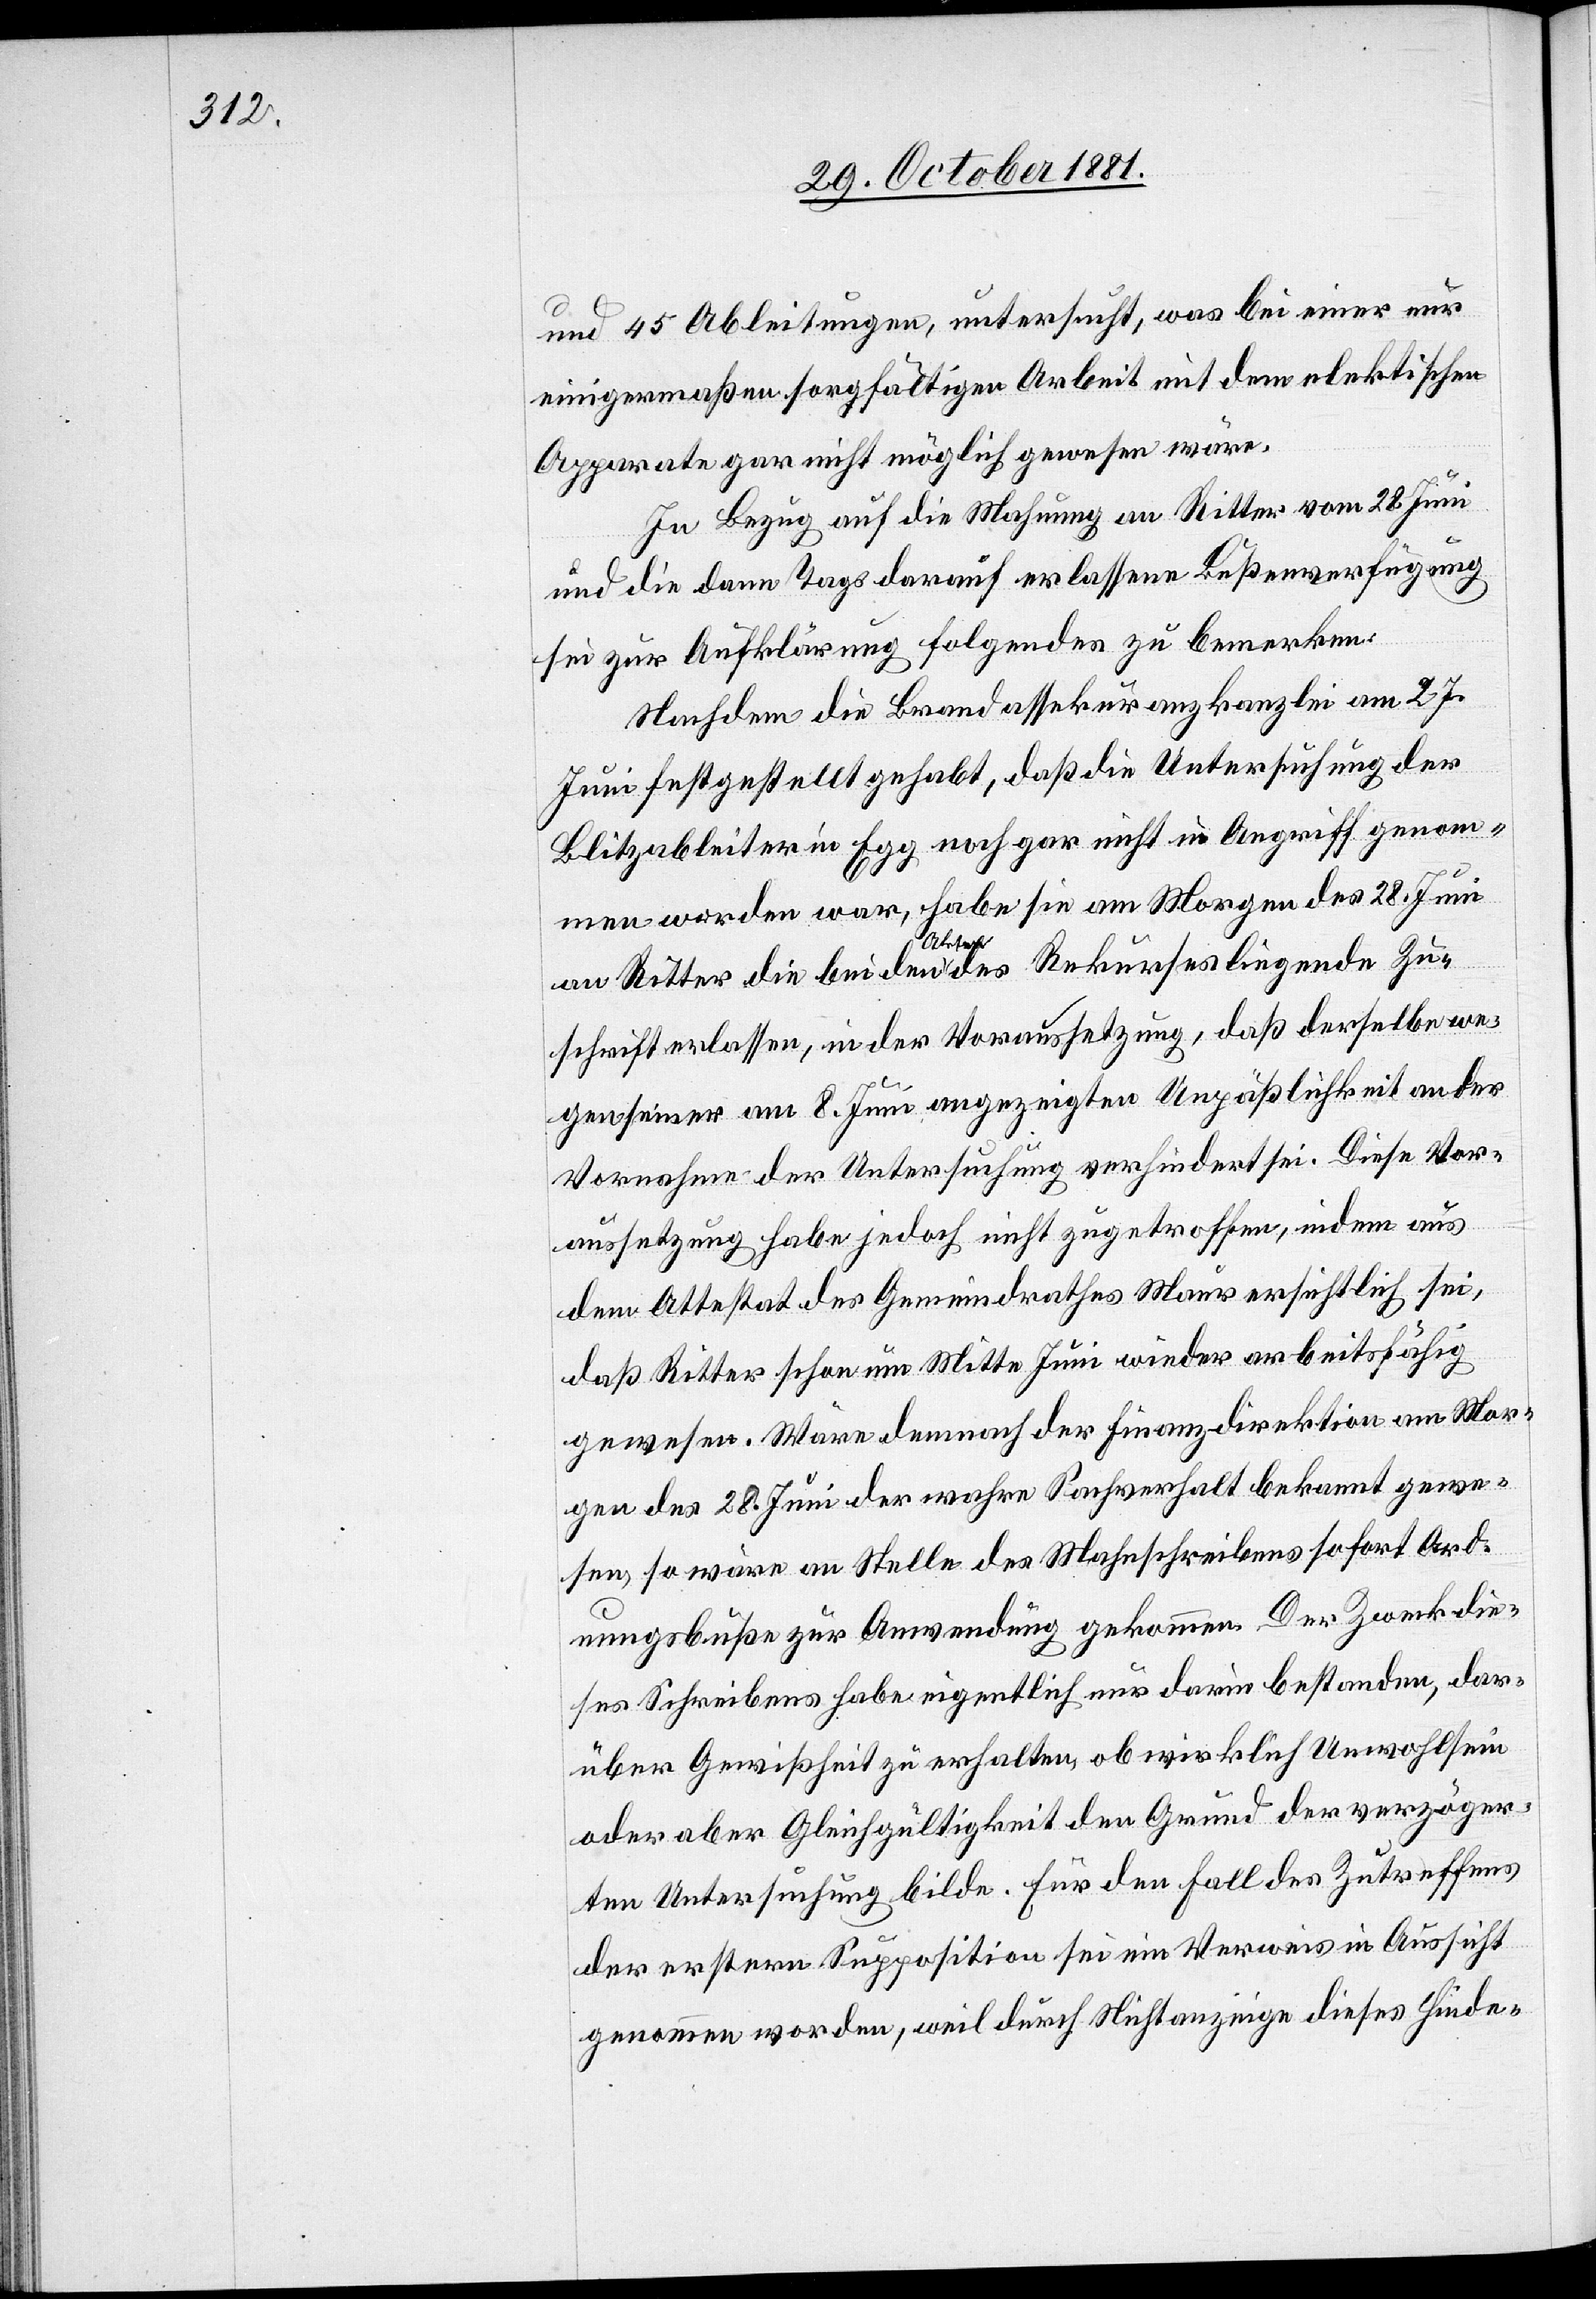
und 45 Ableitungen, untersucht, was bei einer nur
einigermaßen sorgfältigen Arbeit mit dem elektrischen
Apparate gar nicht möglich gewesen wäre.
In Bezug auf die Mahnung an Ritter vom 28. Juni
und die dann Tags darauf erlassene Bußenverfügung
sei zur Aufklärung folgendes zu bemerken:
Nachdem die Brandassekuranzkanzlei am 27.
Juni festgestellt gehabt, daß die Untersuchung der
Blitzableiter in Egg noch gar nicht in Angriff genom¬
men worden war, habe sie am Morgen des 28. Juni
an Ritter die bei den Akten des Rekurses liegende Zu¬
schrift erlassen, in der Voraussetzung, daß derselbe we¬
gen seiner am 8. Juni angezeigten Unpäßlichkeit an der
Vornahme der Untersuchung verhindert sei. Diese Vor¬
aussetzung habe jedoch nicht zugetroffen, indem aus
dem Attestat des Gemeindrathes Maur ersichtlich sei,
daß Ritter schon um Mitte Juni wieder arbeitsfähig
gewesen. Wäre demnach der Finanzdirektion am Mor¬
gen des 28. Juni der wahre Sachverhalt bekannt gewe¬
sen, so wäre an Stelle des Mahnschreibens sofort Ord¬
nungsbuße zur Anwendung gekommen. Der Zweck die¬
ses Schreibens habe eigentlich nur darin bestanden, dar¬
über Gewißheit zu erhalten, ob wirklich Unwohlsein
oder aber Gleichgültigkeit den Grund der verzöger¬
ten Untersuchung bilde. Für den Fall des Zutreffens
der erstern Supposition sei ein Verweis in Aussicht
genommen worden, weil durch Nichtanzeige dieses Hinde-